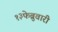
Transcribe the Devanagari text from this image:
१३फेब्रुवारी